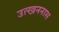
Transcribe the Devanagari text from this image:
उत्खननास